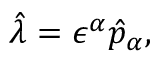
\hat { \lambda } = \epsilon ^ { \alpha } \hat { p } _ { \alpha } ,